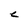
Character: C